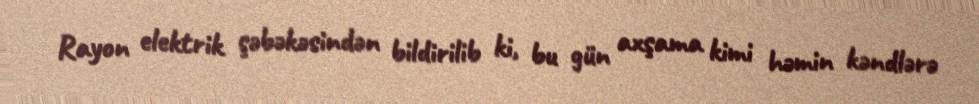
Rayon elektrik şəbəkəsindən bildirilib ki, bu gün axşama kimi həmin kəndlərə